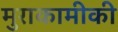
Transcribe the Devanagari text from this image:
मुराकामीकी